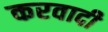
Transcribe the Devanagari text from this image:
करवादी